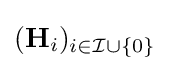
(\mathbf {H} _{i})_{i\in {\mathcal {I}}\cup \{0\}}